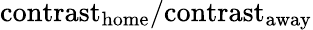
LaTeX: \mathrm{contrast}_{\mathrm{home}}/\mathrm{contrast}_{\mathrm{away}}